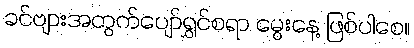
ခင်ဗျားအတွက်ပျော်ရွှင်စရာ မွေးနေ့ ဖြစ်ပါစေ။